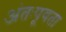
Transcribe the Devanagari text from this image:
अंतःपूयता